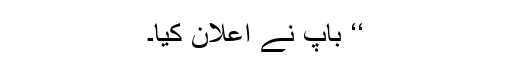
‘‘ باپ نے اعلان کیا۔